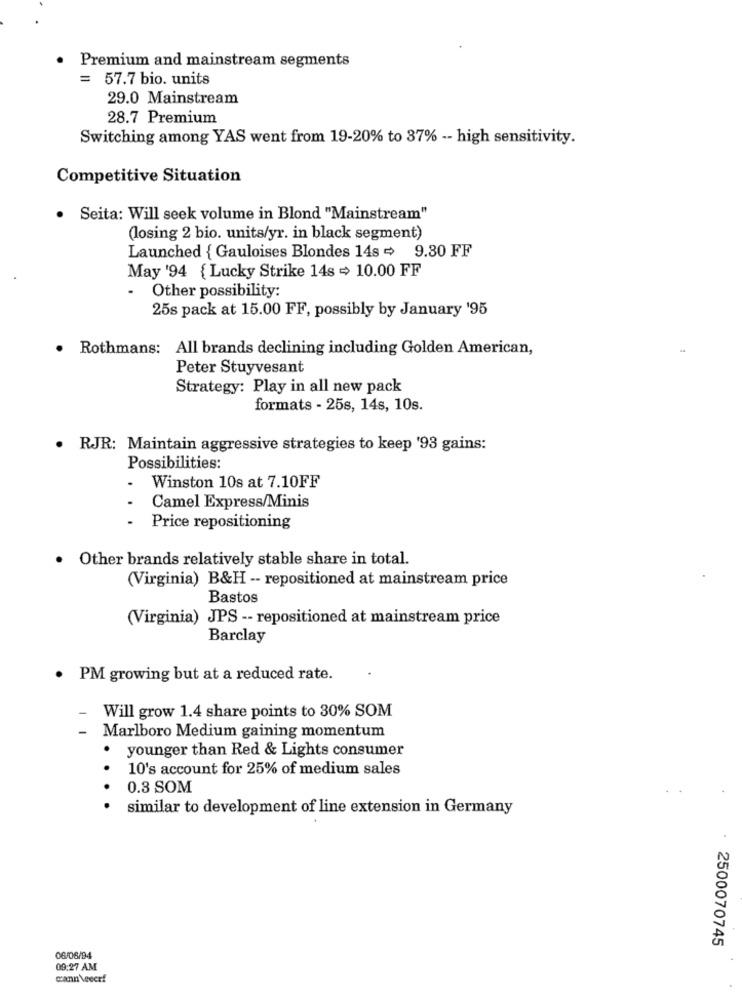
Premium and mainstream segments
= 57.7 bio. units
29.0 Mainstream
28.7 Premium
Switching among YAS went from 19-20% to 37% -- high sensitivity.
Competitive Situation
. Seita: Will seek volume in Blond "Mainstream"
(losing 2 bio. units/yr. in black segment)
Launched { Gauloises Blondes 14s = 9.30 FF
May '94 { Lucky Strike 14s = 10.00 FF
.
Other possibility:
25s pack at 15.00 FF, possibly by January '95
Rothmans: All brands declining including Golden American,
Peter Stuyvesant
Strategy: Play in all new pack
formats - 25s, 14s, 10s.
· RJR: Maintain aggressive strategies to keep '93 gains:
Possibilities:
.
Winston 10s at 7.10FF
Camel Express/Minis
- Price repositioning
· Other brands relatively stable share in total.
(Virginia) B&H -- repositioned at mainstream price
Bastos
(Virginia) JPS -- repositioned at mainstream price
Barclay
· PM growing but at a reduced rate.
Will grow 1.4 share points to 30% SOM
-
Marlboro Medium gaining momentum
younger than Red & Lights consumer
.
10's account for 25% of medium sales
0.3 SOM
similar to development of line extension in Germany
2500070745
06/06/94
09:27 AM
cann \eecr!